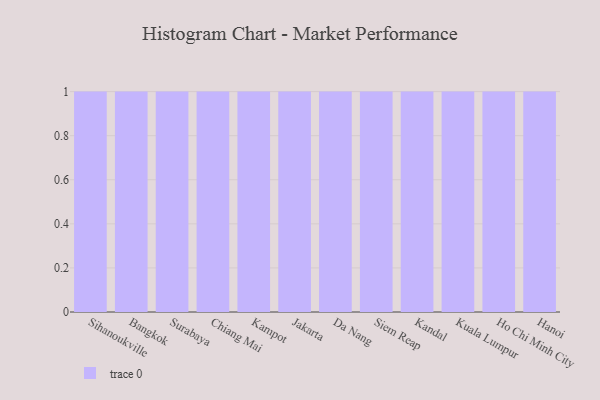
{"axis": {"x": "City", "y": "Waste Production (Tons)"}, "legend": [""], "data": [{"x": "Sihanoukville", "y": 94, "type": ""}, {"x": "Bangkok", "y": 79, "type": ""}, {"x": "Surabaya", "y": 32, "type": ""}, {"x": "Chiang Mai", "y": 97, "type": ""}, {"x": "Kampot", "y": 31, "type": ""}, {"x": "Jakarta", "y": 8, "type": ""}, {"x": "Da Nang", "y": 70, "type": ""}, {"x": "Siem Reap", "y": 53, "type": ""}, {"x": "Kandal", "y": 15, "type": ""}, {"x": "Kuala Lumpur", "y": 95, "type": ""}, {"x": "Ho Chi Minh City", "y": 86, "type": ""}, {"x": "Hanoi", "y": 74, "type": ""}]}